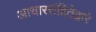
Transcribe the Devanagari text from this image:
आचारसंहितेद्वारे